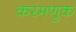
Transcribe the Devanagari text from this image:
करमणुक